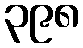
၃၉၈